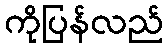
ကိုပြန်လည်